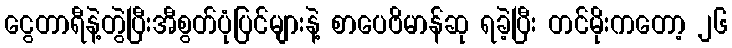
ငွေတာရီနဲ့တွဲပြီးအီစွတ်ပုံပြင်များနဲ့ စာပေဗိမာန်ဆု ရခဲ့ပြီး တင်မိုးကတော့ ၂၆